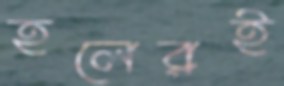
হলেরই